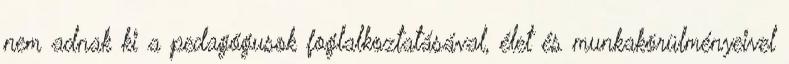
nem adnak ki a pedagógusok foglalkoztatásával, élet és munkakörülményeivel